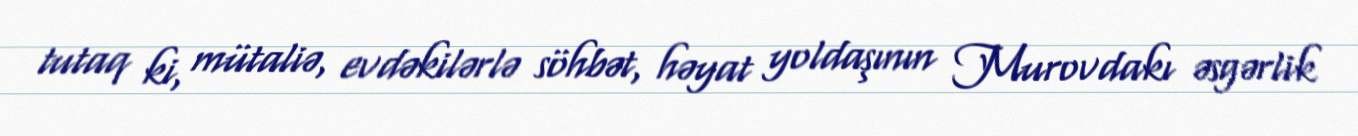
tutaq ki, mütaliə, evdəkilərlə söhbət, həyat yoldaşının Murovdakı əsgərlik